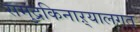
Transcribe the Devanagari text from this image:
समुद्रकिनाऱ्यालगत